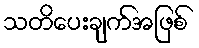
သတိပေးချက်အဖြစ်